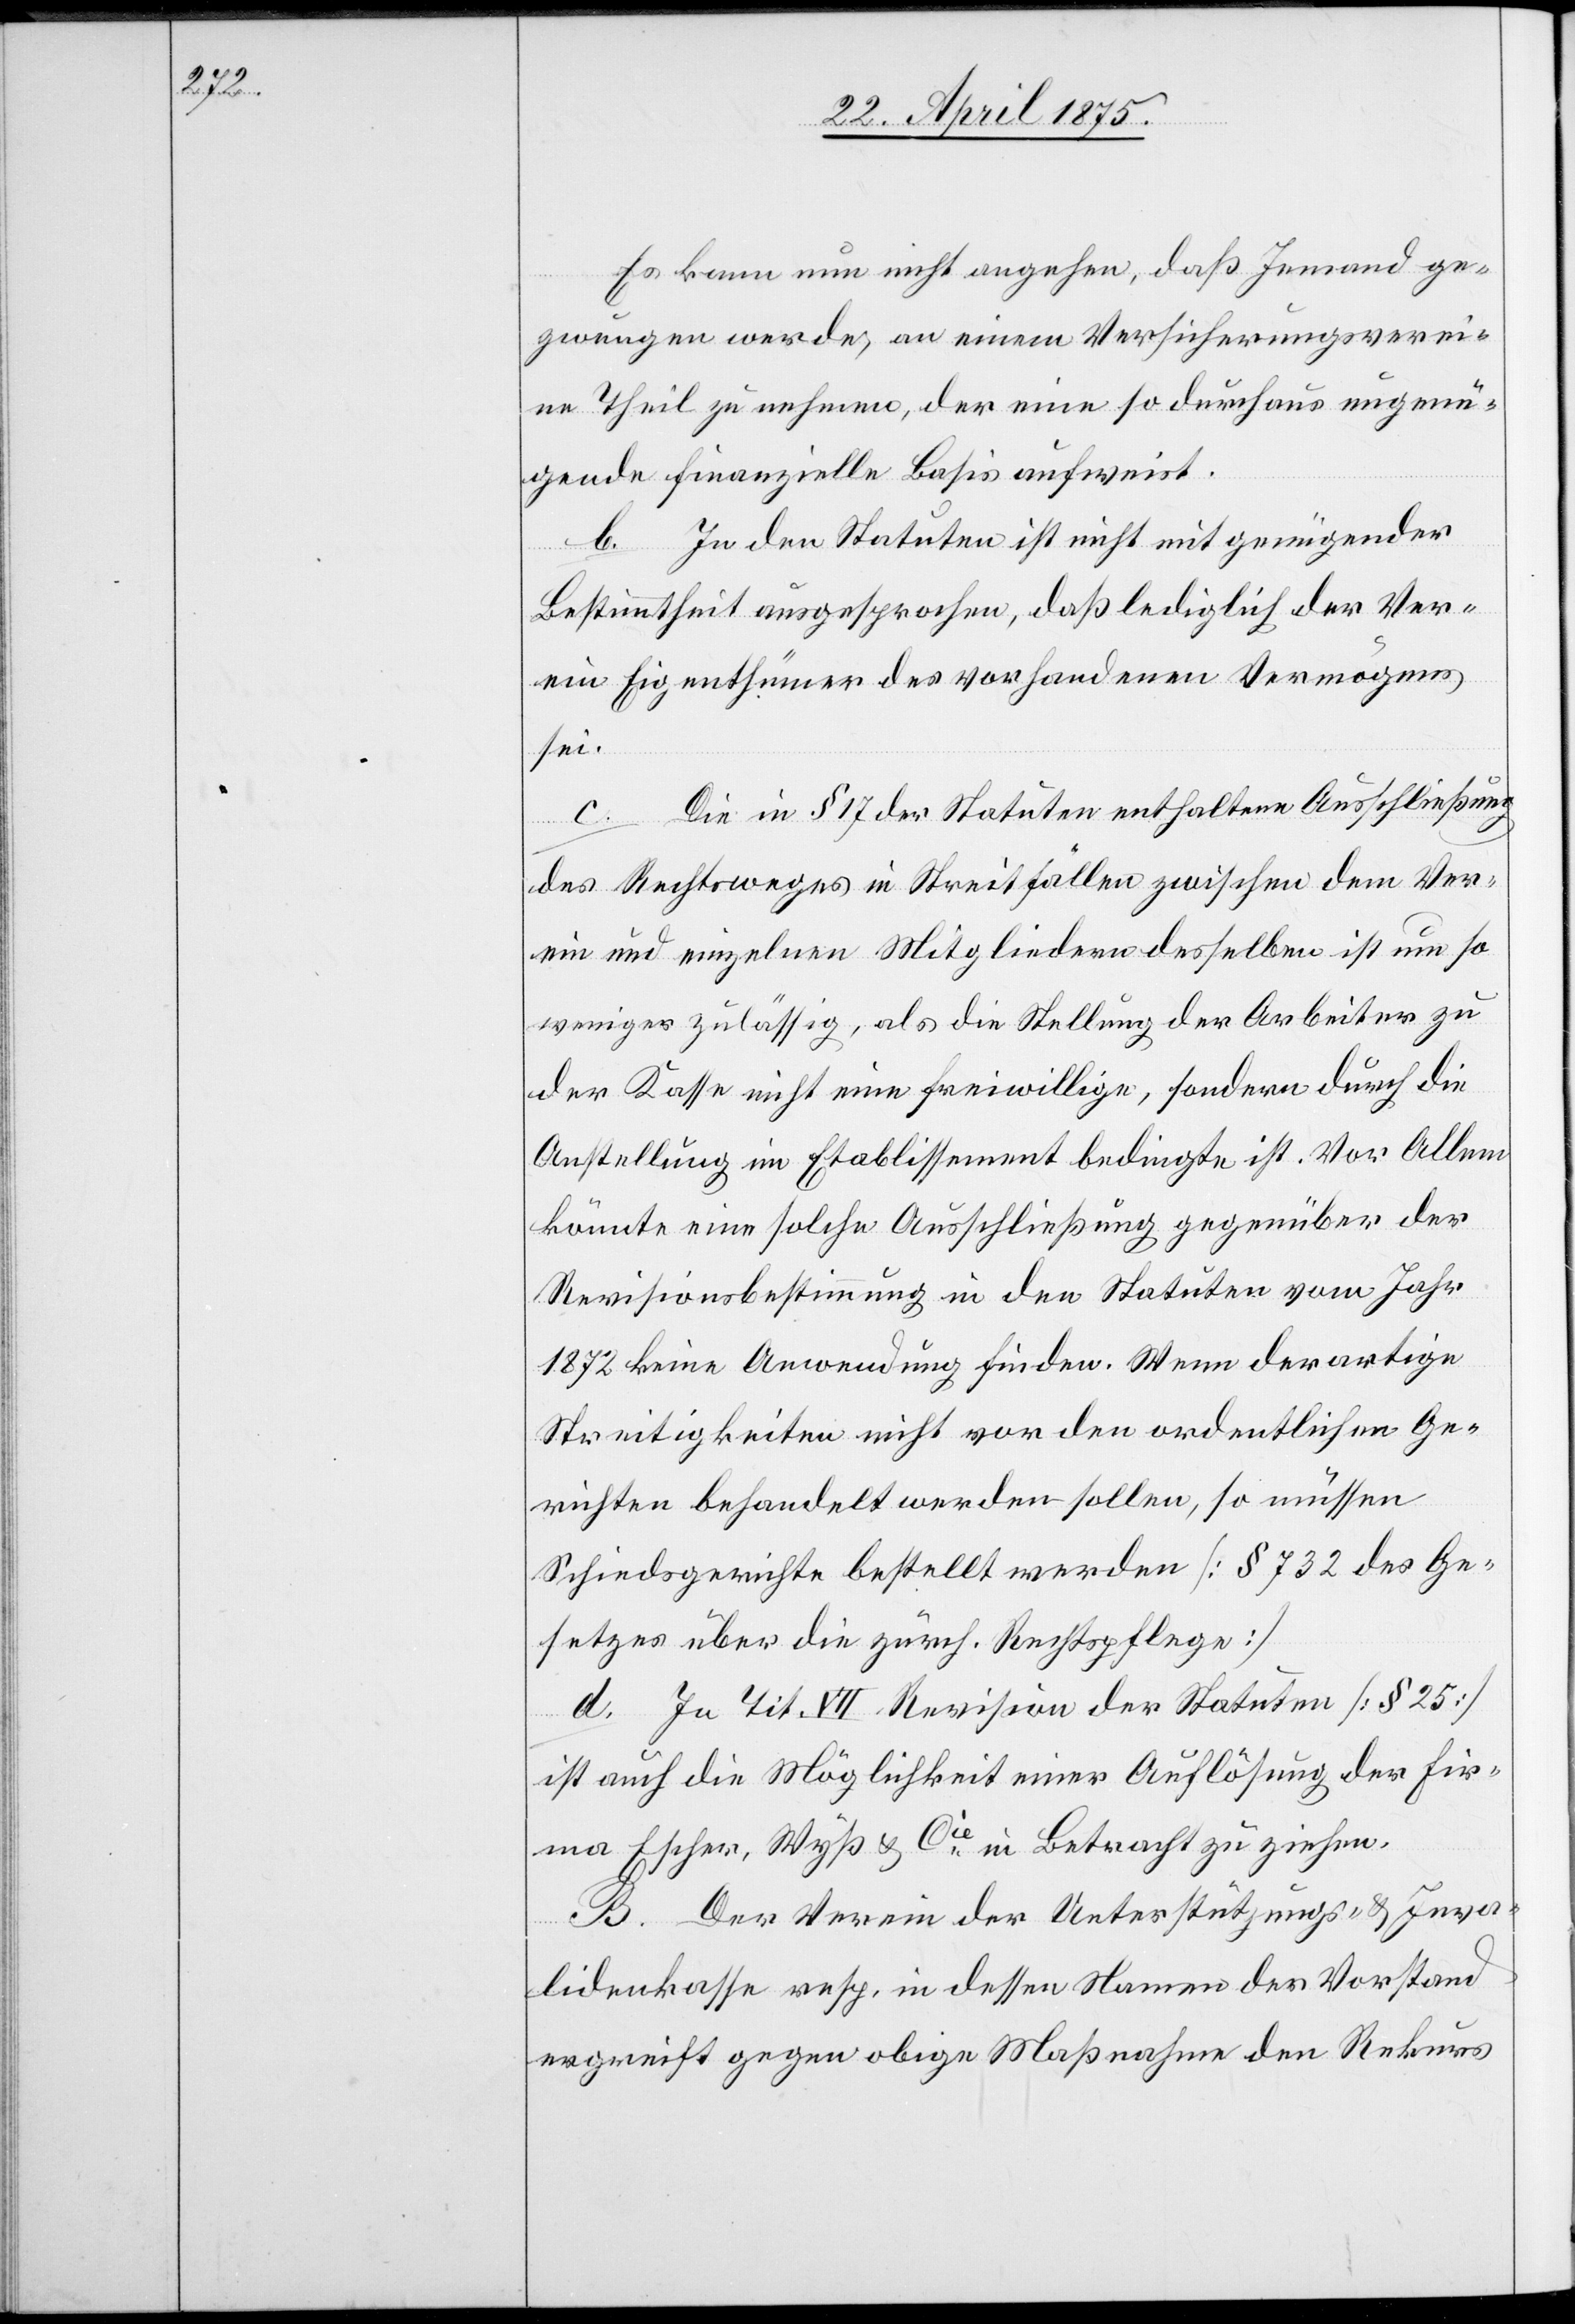
Es kann nun nicht angehen, daß Jemand ge¬
zwungen werde, an einem Versicherungsverei¬
n Theil zu nehmen, der eine so durchaus ungenü¬
gende finanzielle Basis aufweist.
b. In den Statuten ist nicht mit genügender
Bestimmtheit ausgesprochen, daß lediglich der Ver¬
ein Eigenthümer des vorhandenen Vermögens
sei.
Die in § 17 der Statuten enthaltenen Ausschließung
des Rechtweges in Streitfällen zwischen dem Ver¬
ein und einzelnen Mitgliedern desselben ist um so
weniger zulässig, als die Stellung der Arbeiter zu
der Kasse nicht eine freiwillige, sondern durch die
Anstellung im Etablissement bedingt ist. Vor Allem
könnte eine solche Ausschließung gegenüber der
Revisionsbestimmung in den Statuten vom Jahr
1872 keine Anwendung finden. Wenn derartige
Streitigkeiten nicht vor den ordentlichen Ge¬
richten behandelt werden sollen, so müssen
Schiedsgerichte bestellt werden [§ 732 des Ge¬
setzes über die zürch. Rechtspflege].
d. In Tit. VII Revision der Statuten [§ 25]
ist auch die Möglichkeit einer Auflösung der Fir¬
ma Escher, Wyß & Cie in Betracht zu ziehen.
B. Der Verein der Unterstützungs- & Inva¬
lidenkasse resp. in dessen Namen der Vorstand
ergreift gegen obige Maßnahme den Rekurs